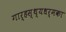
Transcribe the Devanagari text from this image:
गार्हस्थ्यधर्मका